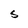
Character: S